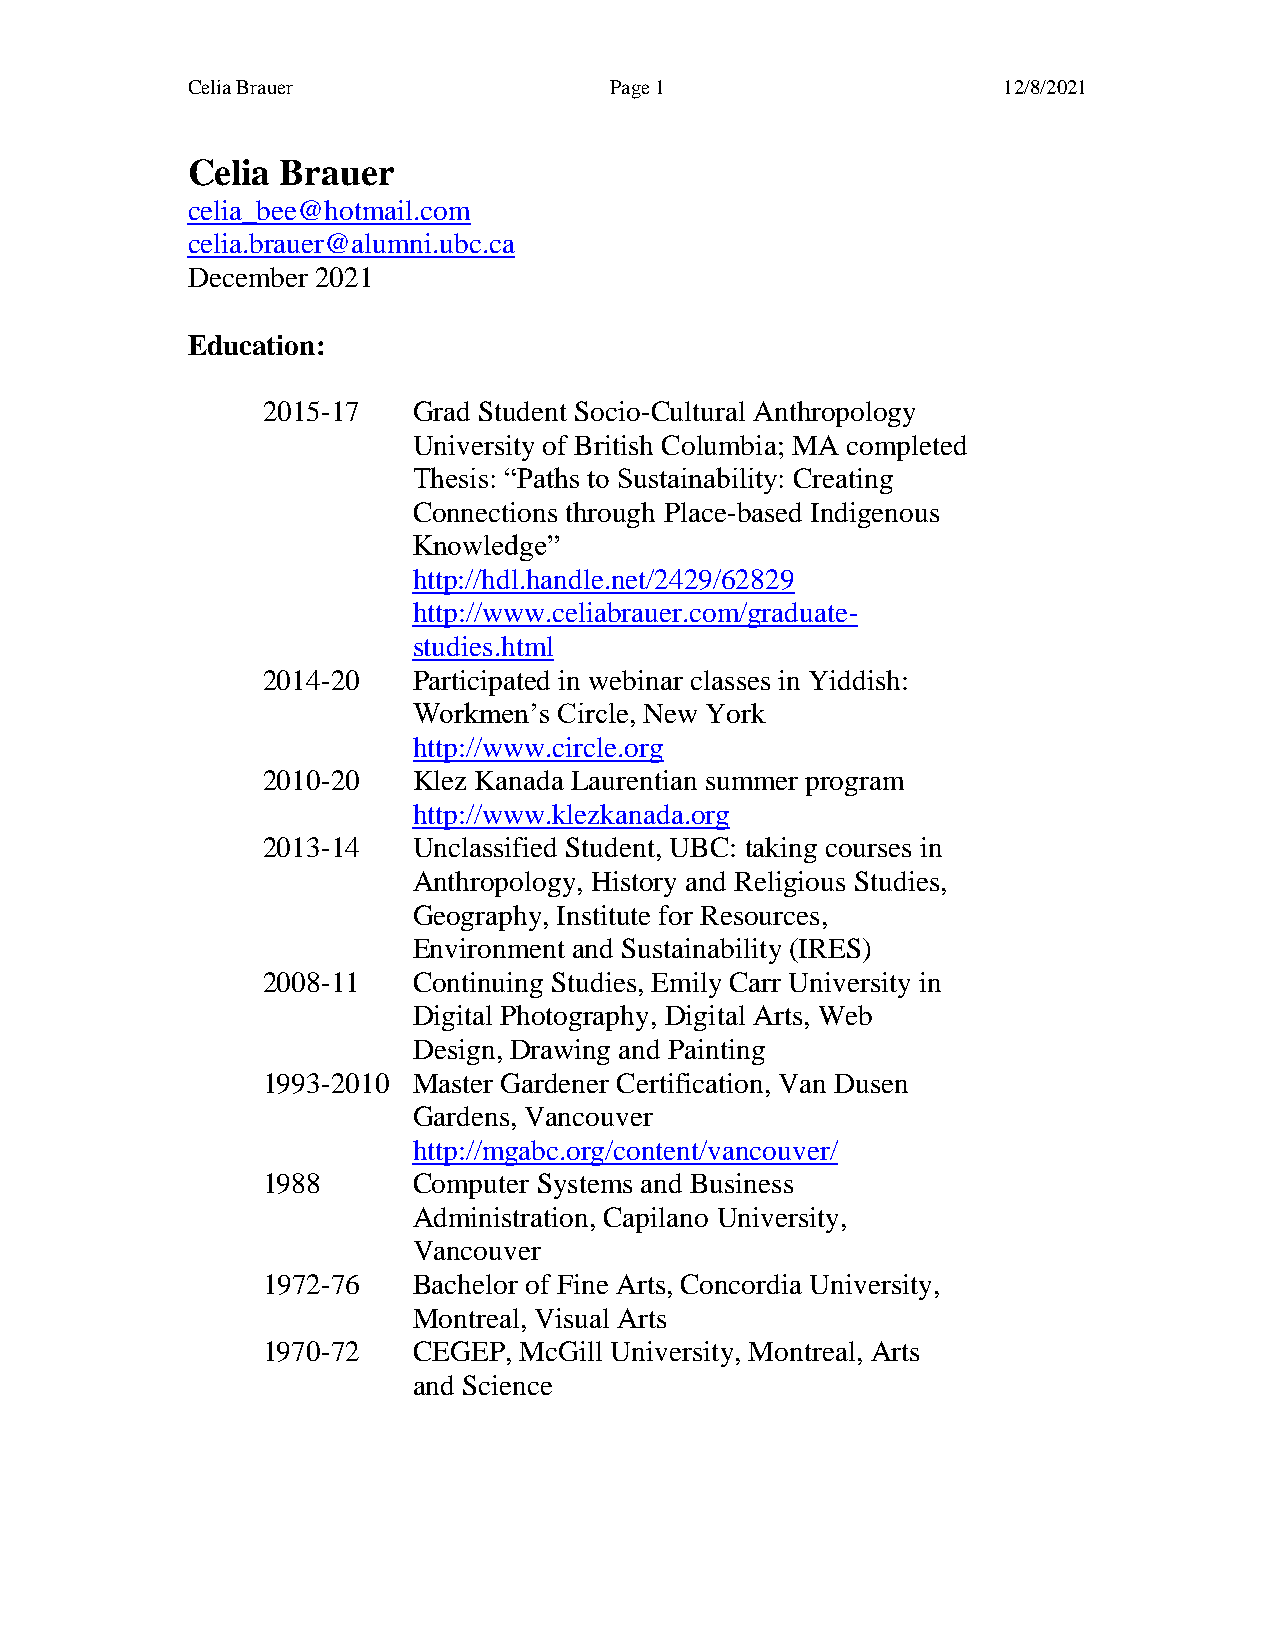
Celia Brauer                Page 1                    12/8/2021
 Celia  Brauer
 celia_bee@hotmail.com
 celia.brauer@alumni.ubc.ca
 December 2021
 Education:
 2015-17   Grad Student Socio-Cultural Anthropology
 University of British Columbia; MA completed
 Thesis: “Paths to Sustainability: Creating
 Connections through Place-based Indigenous
 Knowledge”
 http://hdl.handle.net/2429/62829
 http://www.celiabrauer.com/graduate-
 studies.html
 2014-20   Participated in webinar classes in Yiddish:
 Workmen’s Circle, New York
 http://www.circle.org
 2010-20   Klez Kanada Laurentian summer program
 http://www.klezkanada.org
 2013-14   Unclassified Student, UBC: taking courses in
 Anthropology, History and Religious Studies,
 Geography, Institute for Resources,
 Environment and Sustainability (IRES)
 2008-11   Continuing Studies, Emily Carr University in
 Digital Photography, Digital Arts, Web
 Design, Drawing and Painting
 1993-2010 Master Gardener Certification, Van Dusen
 Gardens, Vancouver
 http://mgabc.org/content/vancouver/
 1988      Computer Systems and Business
 Administration, Capilano University,
 Vancouver
 1972-76   Bachelor of Fine Arts, Concordia University,
 Montreal, Visual Arts
 1970-72   CEGEP, McGill University, Montreal, Arts
 and Science